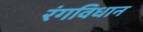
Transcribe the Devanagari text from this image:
रंगविधान